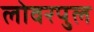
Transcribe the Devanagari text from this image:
लोवरपुल